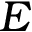
\boldsymbol { E }